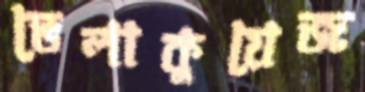
ভেলাকুয়েজ